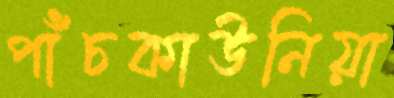
পাঁচকাউনিয়া